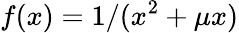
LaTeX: f(x)=1/(x^{2}+\mu x)